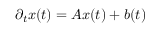
\partial _ { t } x ( t ) = A x ( t ) + b ( t )